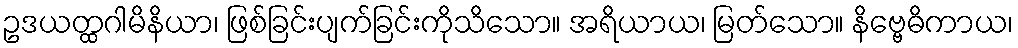
ဥဒယတ္ထဂါမိနိယာ၊ ဖြစ်ခြင်းပျက်ခြင်းကိုသိသော။ အရိယာယ၊ မြတ်သော။ နိဗ္ဗေဓိကာယ၊